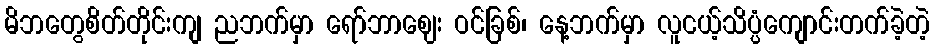
မိဘတွေစိတ်တိုင်းကျ ညဘက်မှာ ရော်ဘာဈေး ဝင်ခြစ်၊ နေ့ဘက်မှာ လူငယ့်သိပ္ပံကျောင်းတက်ခဲ့တဲ့